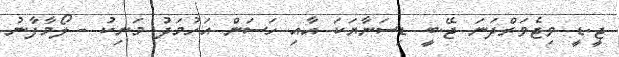
ޖީ.ޑީ ވިޖެވަރްދަނަ ޖޭ.ބީ ޑިސަނާޔަކަ އާއި ހަސަން އަހުމަދު މަނިކު - ލޯމާފާނު